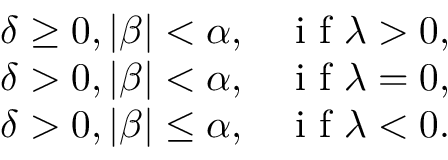
\begin{array} { l l } { \delta \geq 0 , | \beta | < \alpha , } & { \mathrm { ~ i ~ f ~ } \lambda > 0 , } \\ { \delta > 0 , | \beta | < \alpha , } & { \mathrm { ~ i ~ f ~ } \lambda = 0 , } \\ { \delta > 0 , | \beta | \leq \alpha , } & { \mathrm { ~ i ~ f ~ } \lambda < 0 . } \end{array}